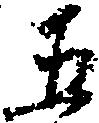
五